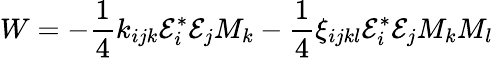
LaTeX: W=-\frac{1}{4}k_{ijk}\mathcal{E}_{i}^{*}\mathcal{E}_{j}M_{k}-\frac{1}{4}\xi_{ijkl}\mathcal{E}_{i}^{*}\mathcal{E}_{j}M_{k}M_{l}